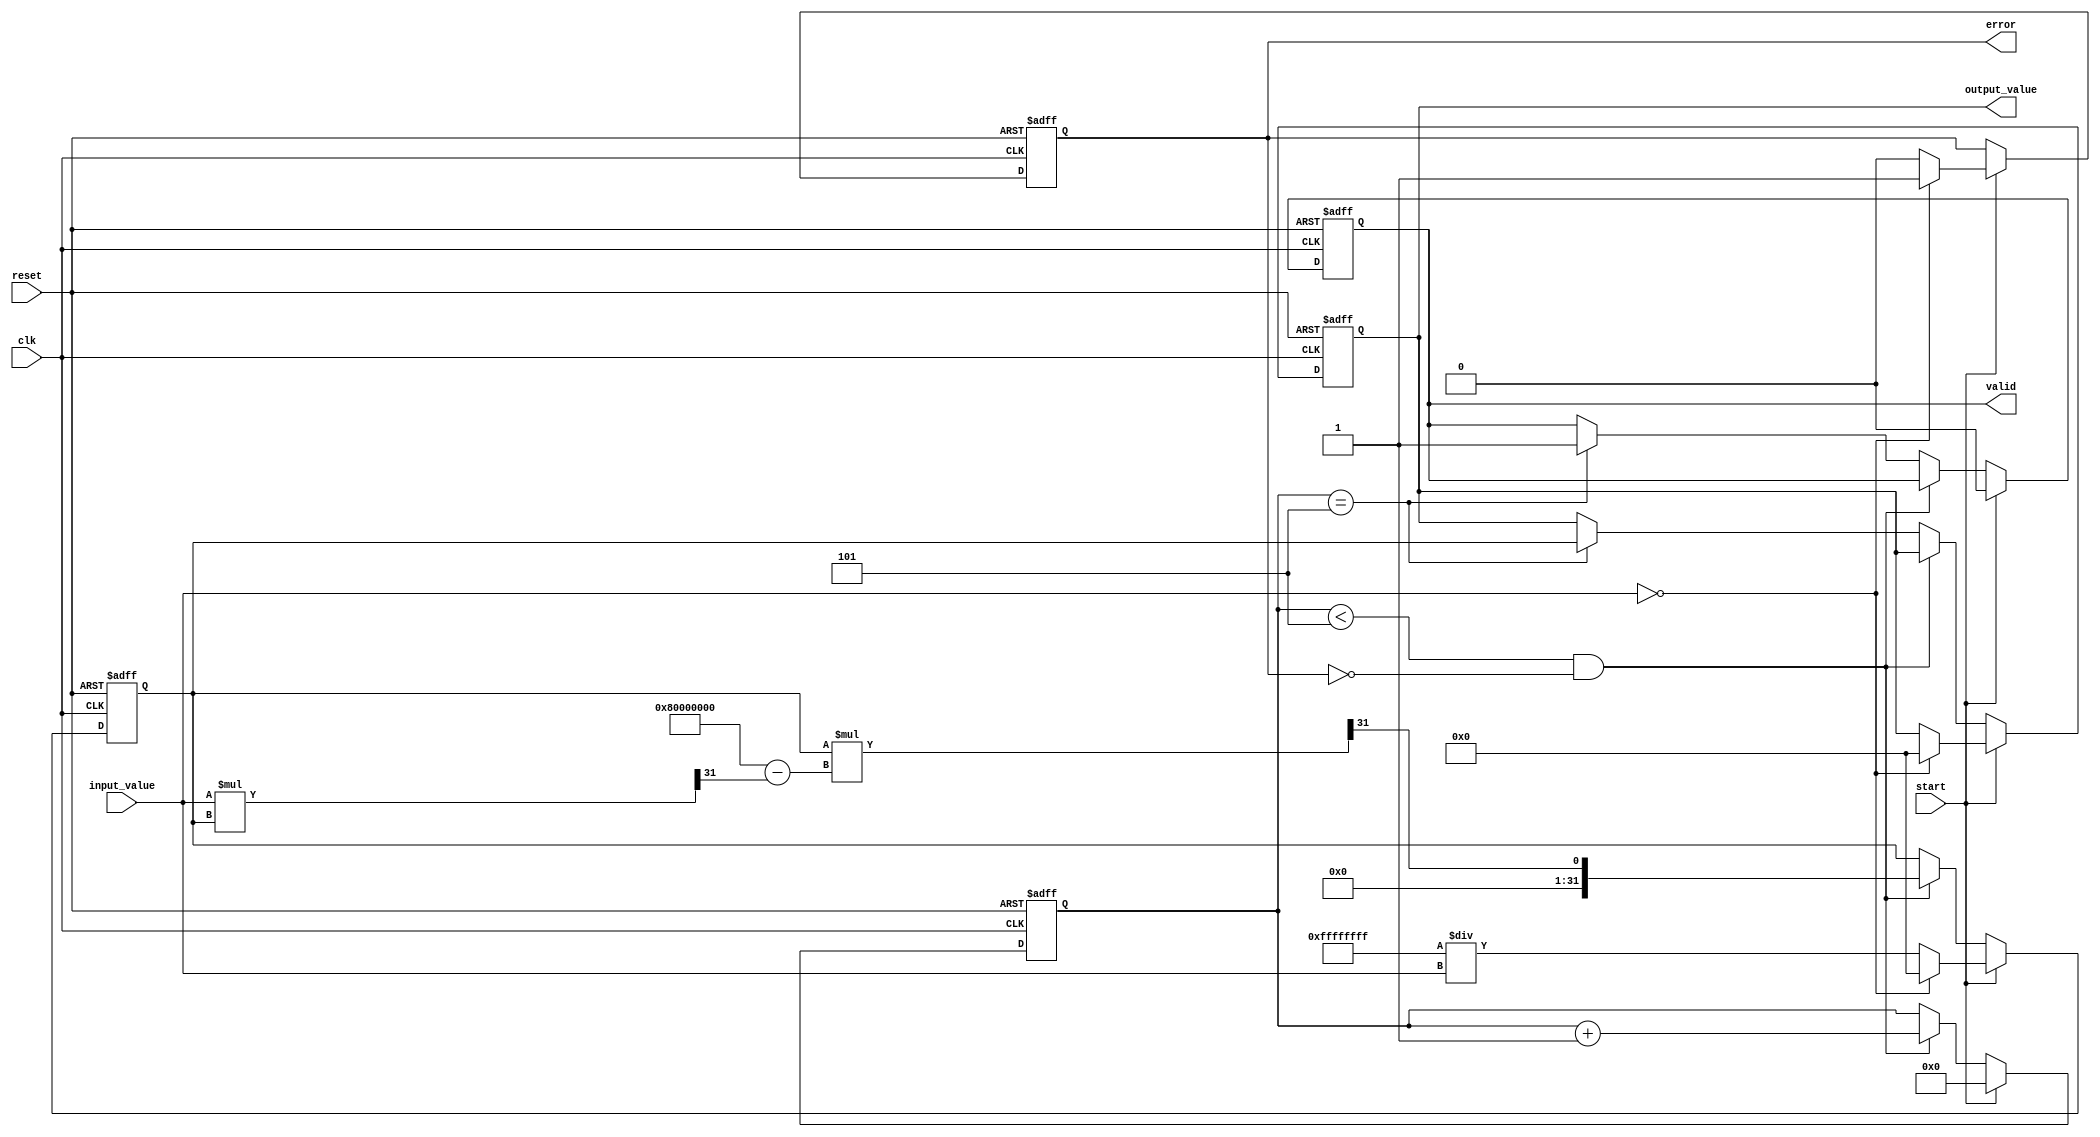
module DirectReciprocalUnit (
    input          clk,            // Clock signal
    input          reset,          // Reset signal
    input          start,          // Start calculation signal
    input  [31:0] input_value,     // 32-bit fixed-point input value
    output reg [31:0] output_value, // Reciprocal output
    output reg     valid,          // Valid output signal
    output reg     error           // Error signal for division by zero
);

    reg [31:0] approx;             // Approximation of the reciprocal
    reg [4:0] count;               // Iteration counter

    // Constants
    parameter [31:0] MAX_ITERATIONS = 5; // Number of iterations for Newton-Raphson

    always @(posedge clk or posedge reset) begin
        if (reset) begin
            output_value <= 32'b0;
            valid <= 1'b0;
            error <= 1'b0;
            approx <= 32'b0;
            count <= 5'b0;
        end else if (start) begin
            // Check for division by zero
            if (input_value == 32'b0) begin
                output_value <= 32'b0;
                valid <= 1'b0;
                error <= 1'b1; // Set error for division by zero
                approx <= 32'b0;
                count <= 5'b0;
            end else begin
                error <= 1'b0;  // Clear error
                approx <= 32'hFFFFFFFF / input_value; // Initial approximation (can be tweaked)
                count <= 5'b0;
                valid <= 1'b0;  // Reset valid output
            end
        end else if (count < MAX_ITERATIONS &&!error) begin
            // Newton-Raphson iteration: x_(n+1) = x_n * (2 - a * x_n)
            approx <= approx * (32'h80000000 - (input_value * approx >> 31)) >> 31; // 1.0 in fixed-point
            count <= count + 1;
        end else if (count == MAX_ITERATIONS) begin
            output_value <= approx; // Final output value
            valid <= 1'b1; // Set valid output
        end
    end
endmodule